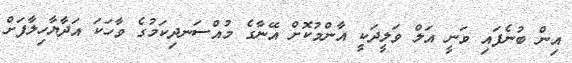
އިން ބުނެފައި ވަނީ އަލް ވަލީދަކީ އާންމުކޮށް އޭނާގެ މުއްސަނދިކަމުގެ ވާހަކަ އަދާޔާހިލާފަށް